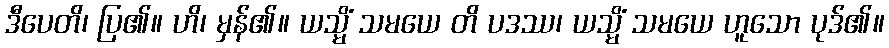
ဒီပေတိ၊ ပြ၏။ ဟိ၊ မှန်၏။ ယသ္မိံ သမယေ တိ ပဒဿ၊ ယသ္မိံ သမယေ ဟူသော ပုဒ်၏။